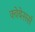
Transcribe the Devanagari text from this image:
क्वेबेसर्स